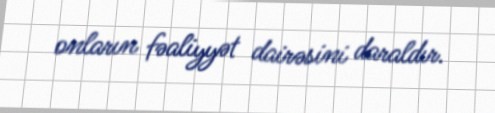
onların fəaliyyət dairəsini daraldır.